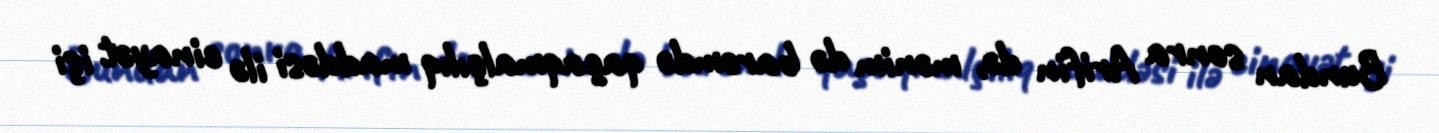
Bundan sonra Arifin də, mənim də barəmdə qaçaqmalçılıq maddəsi ilə cinayət işi